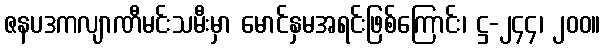
ဇနပဒကလျာဏီမင်းသမီးမှာ မောင်နှမအရင်းဖြစ်ကြောင်း၊ ဋ္ဌ-၂၄၄၊ ၂၀၀။